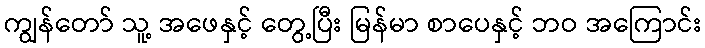
ကျွန်တော် သူ့ အဖေနှင့် တွေ့ပြီး မြန်မာ စာပေနှင့် ဘဝ အကြောင်း